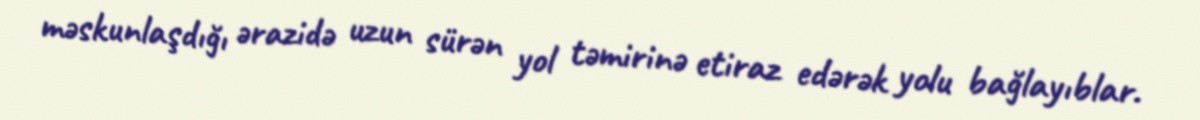
məskunlaşdığı ərazidə uzun sürən yol təmirinə etiraz edərək yolu bağlayıblar.